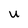
Character: U